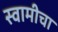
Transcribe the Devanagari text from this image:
स्वामीचा